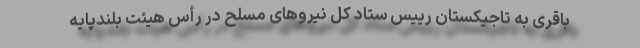
باقری به تاجیکستان رییس ستاد کل نیروهای مسلح در رأس هیئت بلندپایه